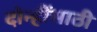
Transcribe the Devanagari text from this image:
दोन्हींसाठी